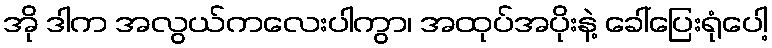
အို ဒါက အလွယ်ကလေးပါကွာ၊ အထုပ်အပိုးနဲ့ ခေါ်ပြေးရုံပေါ့